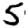
Digit: 5